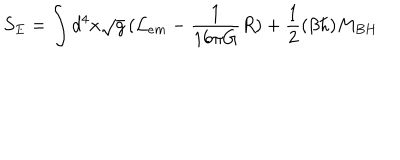
LaTeX: S _ { E } = \int d ^ { 4 } x \sqrt { g } \, ( { \cal L } _ { e m } - { \frac { 1 } { 1 6 \pi G } } R ) + { \frac { 1 } { 2 } } ( \beta \hbar ) M _ { B H }